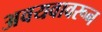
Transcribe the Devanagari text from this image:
अवयवावरून